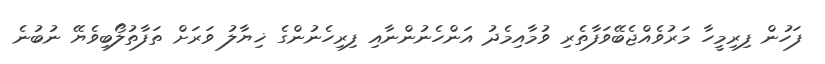
ފަހުން ފިރިމީހާ މަރުވެއްޖެބޭވަފާތެރި ވުމާއިމެދު އަންހެނުންނާއި ފިރިހެނުންގެ ޚިޔާލު ވަރަށް ތަފާތުލޯބިވެޔޭ ނުބުނެ